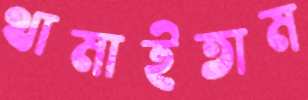
থামাইতাম